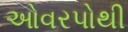
ઓવરપોથી